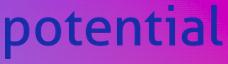
potential